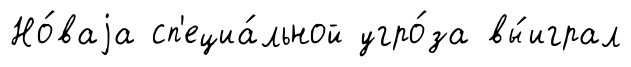
Но́ваjа сп'ециа́льной угро́за вы́играл